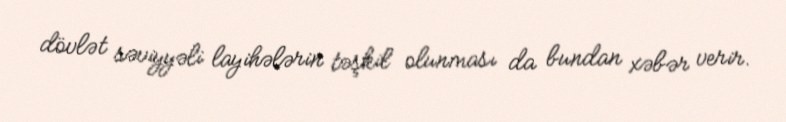
dövlət səviyyəli layihələrin təşkil olunması da bundan xəbər verir.